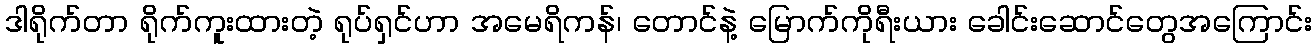
ဒါရိုက်တာ ရိုက်ကူးထားတဲ့ ရုပ်ရှင်ဟာ အမေရိကန်၊ တောင်နဲ့ မြောက်ကိုရီးယား ခေါင်းဆောင်တွေအကြောင်း